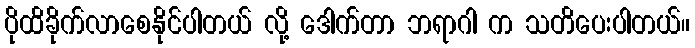
ပိုထိခိုက်လာစေနိုင်ပါတယ် လို့ ဒေါက်တာ ဘရာဂါ က သတိပေးပါတယ်။